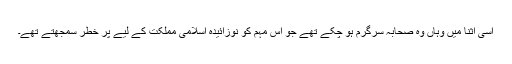
اسی اثنا میں وہاں وہ صحابہ سرگرم ہو چکے تھے جو اس مہم کو نوزائیدہ اسلامی مملکت کے لیے پر خطر سمجھتے تھے۔